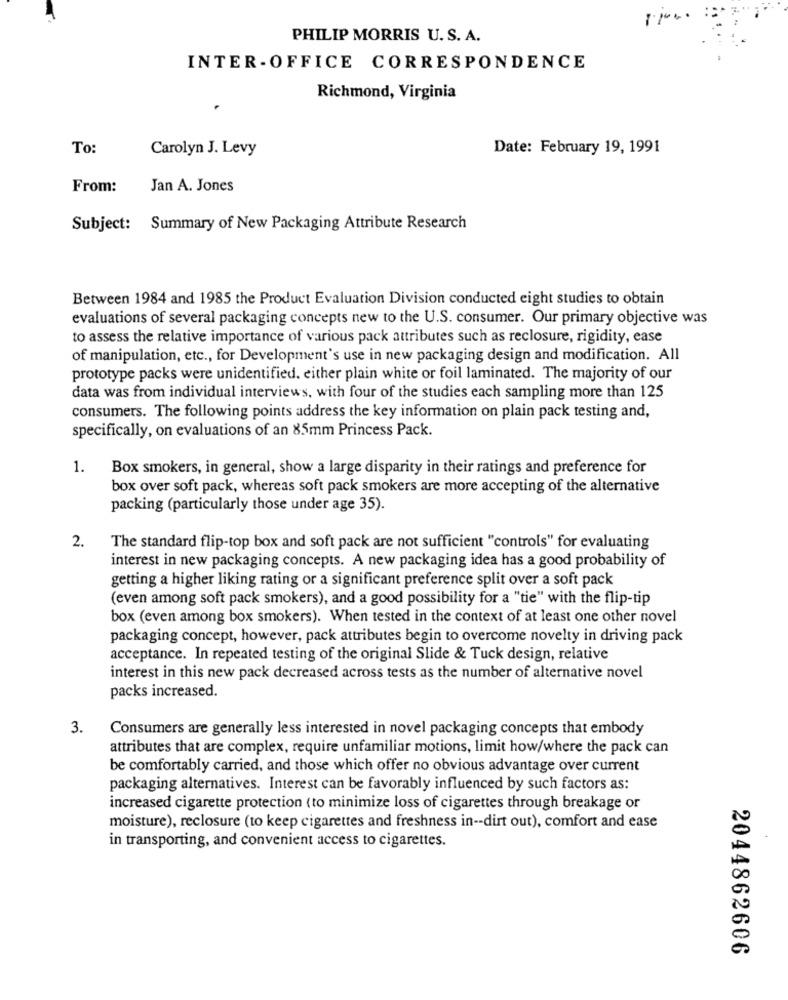
PHILIP MORRIS U. S. A.
INTER-OFFICE CORRESPONDENCE
Richmond, Virginia
To:
Carolyn J. Levy
Date: February 19, 1991
From:
Jan A. Jones
Subject: Summary of New Packaging Attribute Research
Between 1984 and 1985 the Product Evaluation Division conducted eight studies to obtain
evaluations of several packaging concepts new to the U.S. consumer. Our primary objective was
to assess the relative importance of various pack attributes such as reclosure, rigidity, ease
of manipulation, etc ., for Development's use in new packaging design and modification. All
prototype packs were unidentified. either plain white or foil laminated. The majority of our
data was from individual interviews, with four of the studies each sampling more than 125
consumers. The following points address the key information on plain pack testing and,
specifically, on evaluations of an 85mm Princess Pack.
1.
Box smokers, in general, show a large disparity in their ratings and preference for
box over soft pack, whereas soft pack smokers are more accepting of the alternative
packing (particularly those under age 35).
2.
The standard flip-top box and soft pack are not sufficient "controls" for evaluating
interest in new packaging concepts. A new packaging idea has a good probability of
getting a higher liking rating or a significant preference split over a soft pack
(even among soft pack smokers), and a good possibility for a "tie" with the flip-tip
box (even among box smokers). When tested in the context of at least one other novel
packaging concept, however, pack attributes begin to overcome novelty in driving pack
acceptance. In repeated testing of the original Slide & Tuck design, relative
interest in this new pack decreased across tests as the number of alternative novel
packs increased.
3.
Consumers are generally less interested in novel packaging concepts that embody
attributes that are complex, require unfamiliar motions, limit how/where the pack can
be comfortably carried, and those which offer no obvious advantage over current
packaging alternatives. Interest can be favorably influenced by such factors as:
increased cigarette protection (to minimize loss of cigarettes through breakage or
moisture), reclosure (to keep cigarettes and freshness in -- dirt out), comfort and ease
in transporting, and convenient access to cigarettes.
2044862606